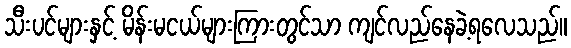
သီးပင်များနှင့် မိန်းမငယ်များကြားတွင်သာ ကျင်လည်နေခဲ့ရလေသည်။